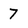
Character: 7